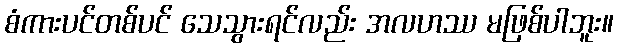
စံကားပင်တစ်ပင် သေသွားရင်လည်း အလဟဿ မဖြစ်ပါဘူး။